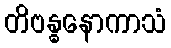
တိဗန္ဓနောကာသံ